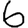
Digit: 6